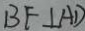
B F \bot A D